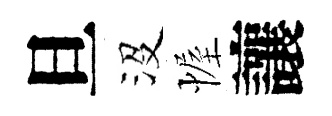
旦沒幄讓